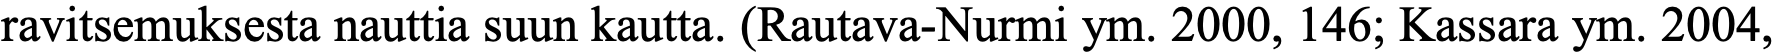
ravitsemuksesta nauttia suun kautta. (Rautava-Nurmi ym. 2000, 146; Kassara ym. 2004,